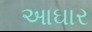
આઘાર